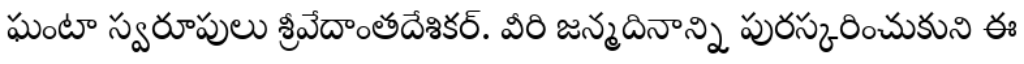
ఘంటా స్వరూపులు శ్రీవేదాంతదేశికర్. వీరి జన్మదినాన్ని పురస్కరించుకుని ఈ